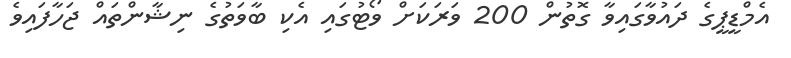
އެމްޑީޕީގެ ދައުވާގައިވާ ގޮތުން 200 ވަރަކަށް ވޯޓުގައި އެކި ބާވަތުގެ ނިޝާންތައް ޖަހާފައިވެ